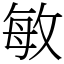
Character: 敏